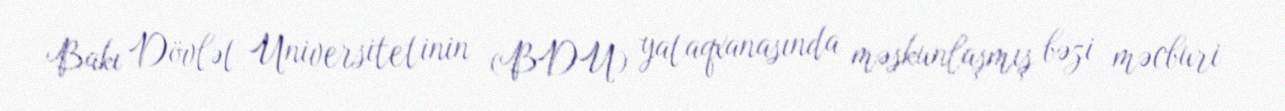
Bakı Dövlət Universitetinin (BDU) yataqxanasında məskunlaşmış bəzi məcburi